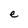
Character: e